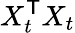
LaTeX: X_{t}^{\mathsf{T}}X_{t}